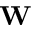
\mathbf { W }